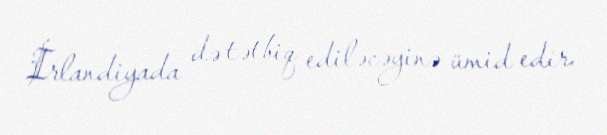
İrlandiyada də tətbiq ediləcəyinə ümid edir.